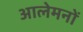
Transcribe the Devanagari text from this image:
आलेमनों